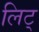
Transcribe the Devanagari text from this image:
लिट्‌